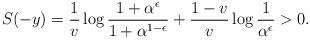
LaTeX: \begin{align*}S(-y)=\frac{1}{v}\log\frac{1+\alpha^\epsilon}{1+\alpha^{1-\epsilon}}+\frac{1-v}{v}\log\frac1{\alpha^\epsilon}>0.\end{align*}